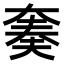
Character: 𫯪